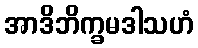
အာဒိဘိက္ခမဒါသဟံ